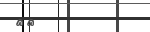
٧٩